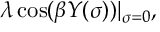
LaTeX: \lambda \cos ( \beta Y ( \sigma ) ) | _ { \sigma = 0 } ,